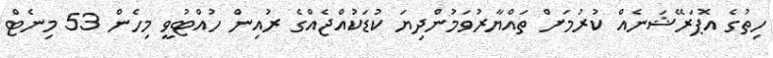
ހިތުގެ އޮޕަރޭޝަނެއް ކުރުމަށް ތައްޔާރުވަމުންދިޔަ ކުޑަކުއްޖެއްގެ ރުއިން ހުއްޓުވީ މިހެން 53 މިނެޓް